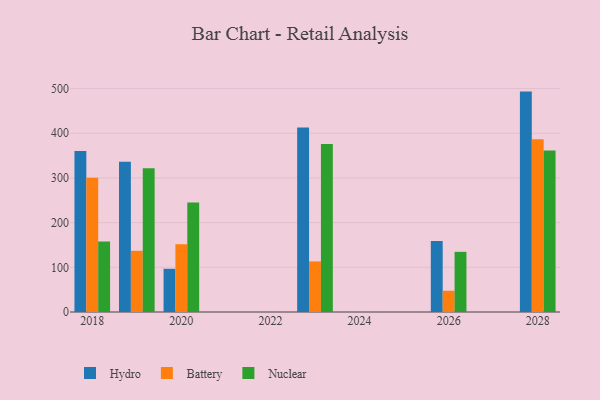
{"axis": {"x": "Year", "y": "Budget (USD K)"}, "legend": ["Battery", "Hydro", "Nuclear"], "data": [{"x": "2019", "y": 336.2, "type": "Hydro"}, {"x": "2019", "y": 136.9, "type": "Battery"}, {"x": "2019", "y": 321.4, "type": "Nuclear"}, {"x": "2028", "y": 493.2, "type": "Hydro"}, {"x": "2028", "y": 386.4, "type": "Battery"}, {"x": "2028", "y": 361.2, "type": "Nuclear"}, {"x": "2020", "y": 96.7, "type": "Hydro"}, {"x": "2020", "y": 151.6, "type": "Battery"}, {"x": "2020", "y": 245.1, "type": "Nuclear"}, {"x": "2023", "y": 412.9, "type": "Hydro"}, {"x": "2023", "y": 113.2, "type": "Battery"}, {"x": "2023", "y": 376.2, "type": "Nuclear"}, {"x": "2026", "y": 158.9, "type": "Hydro"}, {"x": "2026", "y": 47.6, "type": "Battery"}, {"x": "2026", "y": 134.6, "type": "Nuclear"}, {"x": "2018", "y": 360.2, "type": "Hydro"}, {"x": "2018", "y": 300.4, "type": "Battery"}, {"x": "2018", "y": 157.6, "type": "Nuclear"}]}